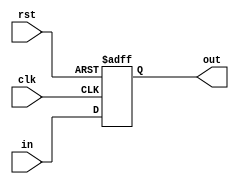
`timescale 1ns/1ns
module Register8bit(
	input [7:0] in, input clk, rst,
	output reg [7:0]out);

	always@(posedge clk, posedge rst)begin
		if(rst)
			out <= 8'b0;
		else
			out <= in;
	end

endmodule